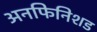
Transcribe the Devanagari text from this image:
अनफिनिशड